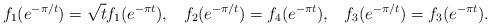
LaTeX: \begin{align*}f_1(e^{-\pi/t}) = \sqrt{t} f_1(e^{-\pi t}),\;\;\;f_2(e^{-\pi/t}) = f_4(e^{-\pi t}),\;\;\;f_3(e^{-\pi/t}) = f_3(e^{-\pi t}).\end{align*}